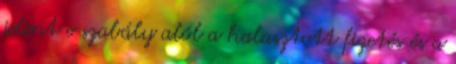
jelent e szabály alól a halasztott fizetés és a